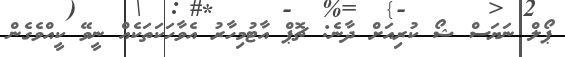
ޕޯލް ނަޔަސް ޝޯ ކުރިއަށް ދާނެ: ޗޮޕް އާޓުމިހާރު އެވާހަކަތަކެއް ނީވޭ ކީއްވެގެން